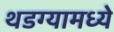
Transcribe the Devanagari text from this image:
थडग्यामध्ये